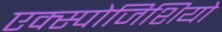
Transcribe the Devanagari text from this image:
एक्स्पोजिशियो